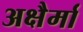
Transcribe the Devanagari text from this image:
अक्षैर्मा